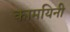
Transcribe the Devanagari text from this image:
कामयिनी